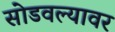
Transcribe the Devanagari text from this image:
सोडवल्यावर